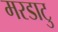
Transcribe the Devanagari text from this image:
मरडाटु